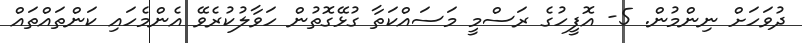
ދުވަހަށް ނިންމުން. 5- އޮފީހުގެ ރަސްމީ މަސައްކަތާ ގުޅޭގޮތުން ހަވާލުކުރެވޭ އެންމެހައި ކަންތައްތައް